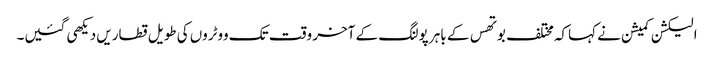
الیکشن کمیشن نے کہاکہ مختلف بوتھس کے باہر پولنگ کے آخر وقت تک ووٹروں کی طویل قطاریں دیکھی گئیں۔